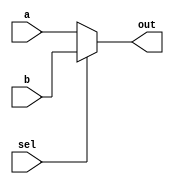
module MUX2_1c(out,a,b,sel);
output out;
input a,b,sel;
assign out = sel ? b : a;
endmodule